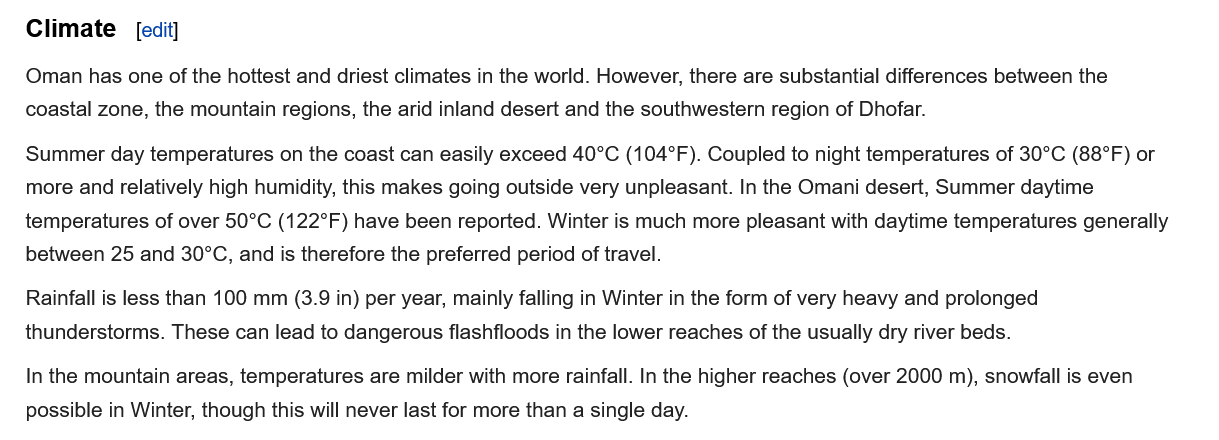
Climate
   Oman has one of the hottest and driest climates in the world. However, there are substantial differences between the
   coastal zone, the mountain regions, the arid inland desert and the southwestern region of Dhofar.
   Summer day temperatures on the coast can easily exceed 40°C (104°F). Coupled to night temperatures of 30°C (88°F) or
   more and relatively high humidity, this makes going outside very unpleasant. In the Omani desert, Summer daytime
   temperatures of over 50°C (122°F) have been reported. Winter is much more pleasant with daytime temperatures generally
   between 25 and 30°C, and is therefore the preferred period of travel.
   Rainfall is less than 100 mm (3.9 in) per year, mainly falling in Winter in the form of very heavy and prolonged
   thunderstorms. These can lead to dangerous flashfloods in the lower reaches of the usually dry river beds.
   In the mountain areas, temperatures are milder with more rainfall. In the higher reaches (over 2000 m), snowfall is even
   possible in Winter, though this will never last for more than a single day.